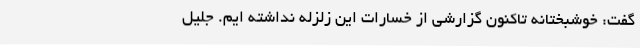
گفت: خوشبختانه تاکنون گزارشی از خسارات این زلزله نداشته ایم. جلیل